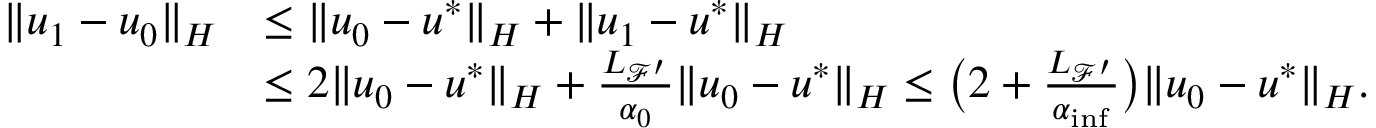
\begin{array} { r l } { \| u _ { 1 } - u _ { 0 } \| _ { H } } & { \leq \| u _ { 0 } - u ^ { * } \| _ { H } + \| u _ { 1 } - u ^ { * } \| _ { H } } \\ & { \leq 2 \| u _ { 0 } - u ^ { * } \| _ { H } + \frac { { L _ { { \mathcal { F } } ^ { \prime } } } } { { \alpha } _ { 0 } } \| u _ { 0 } - u ^ { * } \| _ { H } \leq \big ( 2 + \frac { { L _ { { \mathcal { F } } ^ { \prime } } } } { { \alpha } _ { \operatorname* { i n f } } } \big ) \| u _ { 0 } - u ^ { * } \| _ { H } . } \end{array}